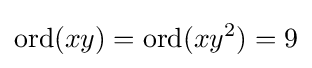
\mathrm {ord} (xy)=\mathrm {ord} (xy^{2})=9